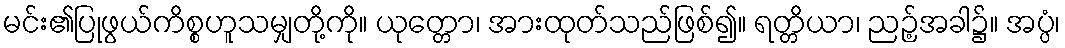
မင်း၏ပြုဖွယ်ကိစ္စဟူသမျှတို့ကို။ ယုတ္တော၊ အားထုတ်သည်ဖြစ်၍။ ရတ္တိယာ၊ ညဉ့်အခါ၌။ အပ္ပံ၊